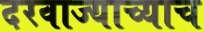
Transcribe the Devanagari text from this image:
दरवाज्याच्याच